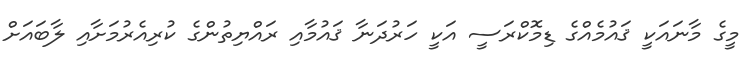
މީގެ މާނައަކީ ޤައުމެއްގެ ޑިމޮކްރަސީ އަކީ ހަރުދަނާ ޤައުމާއި ރައްޔިތުންގެ ކުރިއެރުމަށާއި ލާބައަށް